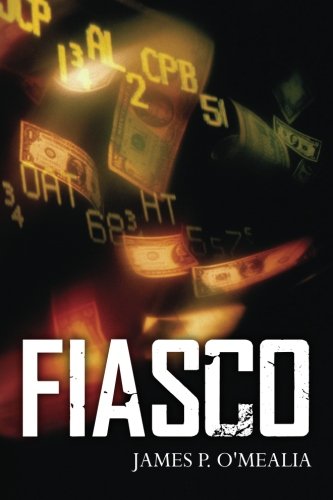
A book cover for Fiasco; James P. O'Mealia; Mystery, Thriller & Suspense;